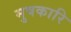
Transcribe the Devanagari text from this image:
मुषकारि